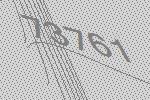
73761